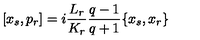
[ x _ { s } , p _ { r } ] = i \frac { L _ { r } } { K _ { r } } \frac { q - 1 } { q + 1 } \{ x _ { s } , x _ { r } \}